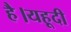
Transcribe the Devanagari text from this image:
है।यहूदी